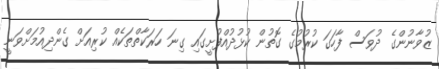
ޒުވާނުންގެ ދުވަސް ފާހަގަ ކުރުމުގެ ގޮތުން ކުޅުދުއްފުށީގައި ގިނަ ހަރަކާތްތަކެއް ކުރިއަށް ގެންދިއުމަށްވަނީ